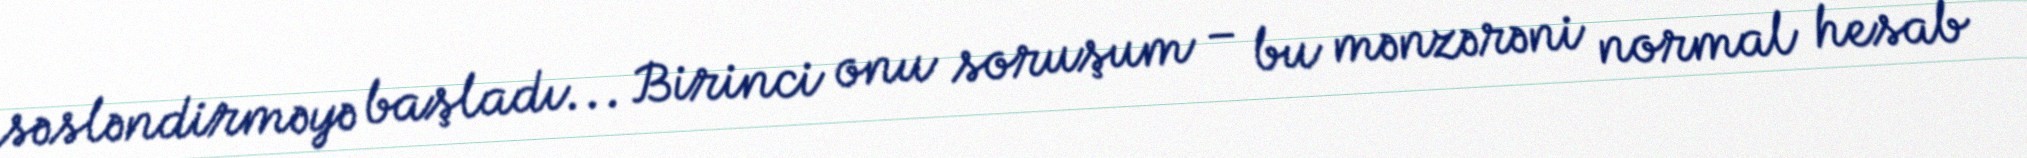
səsləndirməyə başladı... Birinci onu soruşum – bu mənzərəni normal hesab